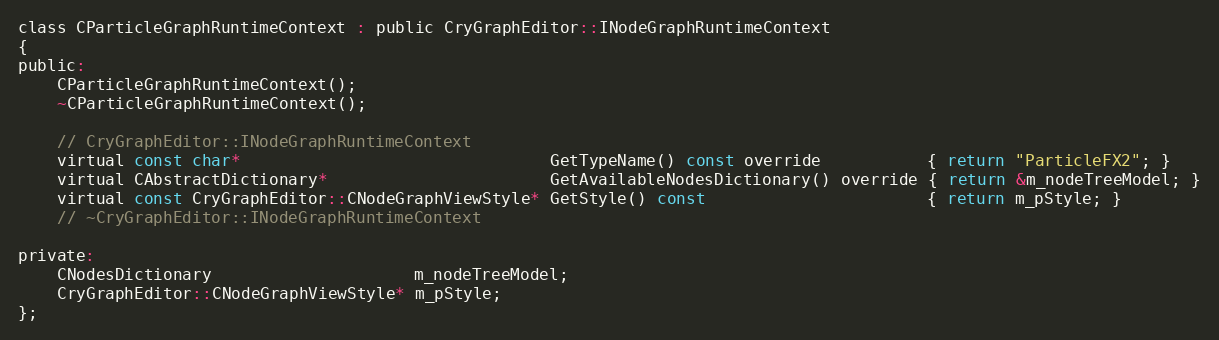
Language: C
class CParticleGraphRuntimeContext : public CryGraphEditor::INodeGraphRuntimeContext
{
public:
	CParticleGraphRuntimeContext();
	~CParticleGraphRuntimeContext();

	// CryGraphEditor::INodeGraphRuntimeContext
	virtual const char*                                GetTypeName() const override           { return "ParticleFX2"; }
	virtual CAbstractDictionary*                       GetAvailableNodesDictionary() override { return &m_nodeTreeModel; }
	virtual const CryGraphEditor::CNodeGraphViewStyle* GetStyle() const                       { return m_pStyle; }
	// ~CryGraphEditor::INodeGraphRuntimeContext

private:
	CNodesDictionary                     m_nodeTreeModel;
	CryGraphEditor::CNodeGraphViewStyle* m_pStyle;
};